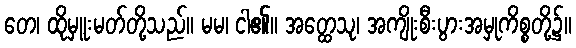
တေ၊ ထိုမှူးမတ်တို့သည်။ မမ၊ ငါ၏။ အတ္ထေသု၊ အကျိုးစီးပွားအမှုကိစ္စတို့၌။